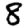
Digit: 8